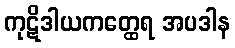
ကုဋိဒါယကတ္ထေရ အပဒါန